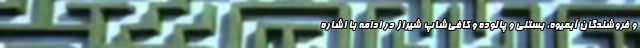
و فروشندگان آبمیوه، بستنی و پالوده و کافی‌شاپ شیراز در ادامه با اشاره